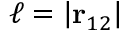
\ell = \left| \mathbf { r } _ { 1 2 } \right|